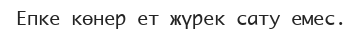
Епке көнер ет жүрек сату емес.